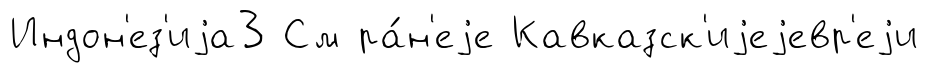
Индон'ез'иjа3 См ра́н'еjе Кавказск'иjеjевр'еjи